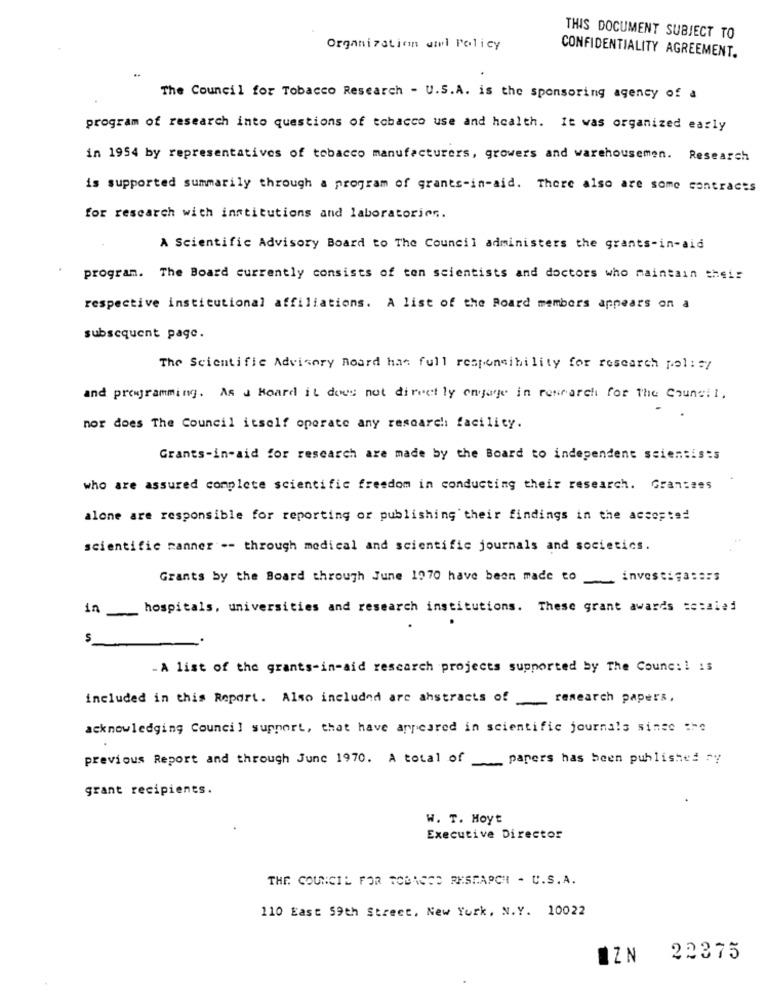
THIS DOCUMENT SUBJECT TO
Organization ail Policy
CONFIDENTIALITY AGREEMENT.
The Council for Tobacco Research - U.S.A. is the sponsoring agency of a
program of research into questions of tobacco use and health. It was organized early
in 1954 by representatives of tobacco manufacturers, growers and warehousemen.
Research
is supported summarily through a program of grants-in-aid. There also are some contracts
for research with institutions and laboratorios.
A Scientific Advisory Board to The Council administers the grants-in-aid
program. The Board currently consists of ton scientists and doctors who maintain their
respective institutional affiliations. A list of the Board members appears on a
subsequent page.
The Scientific Advisory Board has full responsibility for research pol: = /
and programming. As a Heard it does not directly engage in research for The Council.
nor does The Council itself operate any research facility.
Grants-in-aid for research are made by the Board to independent scientists
who are assured complete scientific freedom in conducting their research. Grant#es
alone are responsible for reporting or publishing their findings in the accepted
scientific manner -- through medical and scientific journals and societics.
Grants by the Board through June 1970 have been made to_ investigators
in
-
hospitals, universities and research institutions. These grant awards setaled
-A list of the grants-in-aid research projects supported by The Counc :! is
included in this Report. Also included are ahstracts of __ research papers,
acknowledging Council support, that have appeared in scientific journals sinse :he
previous Report and through June 1970. A total of
papers has been published ry
grant recipients.
W. T. Hoyt
Executive Director
THE COUNCIL FOR TOBACCO RESEARCH - U.S.A.
110 East 59th Street, New York, N.Y. 10022
IZN 22375